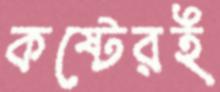
কষ্টেরই